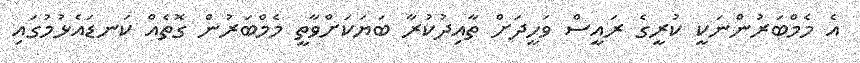
އެ މެމްބަރުންނަކީ ކުރީގެ ރައީސް ވަހީދަށް ތާއިދުކުރާ ބަޔަކަށްވާތީ މެމްބަރުން ގޮތެއް ކަނޑައެޅުމުގައި